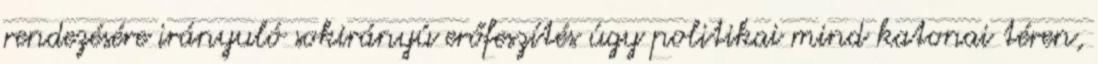
rendezésére irányuló sokirányú erőfeszítés úgy politikai mind katonai téren,